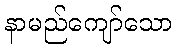
နာမည်ကျော်သော